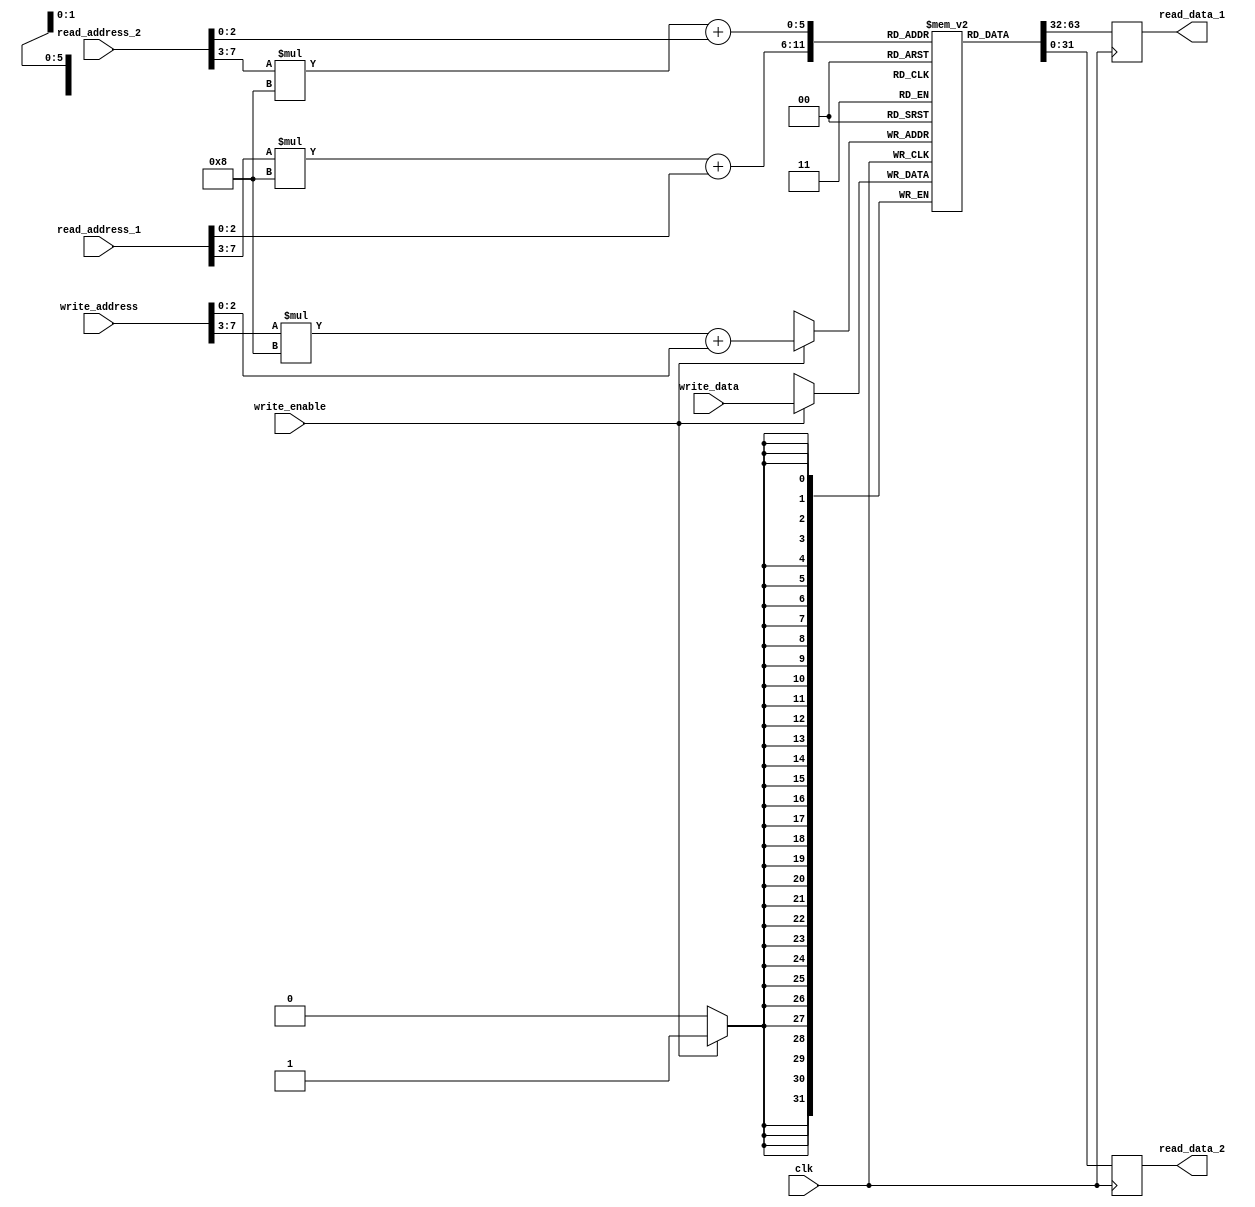
module Pipelined_Register_File (
    input wire [31:0] read_address_1,
    input wire [31:0] read_address_2,
    input wire [31:0] write_address,
    input wire [31:0] write_data,
    input wire write_enable,
    input wire clk,
    output reg [31:0] read_data_1,
    output reg [31:0] read_data_2
);

reg [31:0] memory_block [0:7][0:7]; // assuming 8 memory blocks with 8 registers each

always @(posedge clk) begin
    if (write_enable) begin
        memory_block[write_address[7:3]][write_address[2:0]] <= write_data;
    end
    read_data_1 <= memory_block[read_address_1[7:3]][read_address_1[2:0]];
    read_data_2 <= memory_block[read_address_2[7:3]][read_address_2[2:0]];
end

endmodule